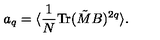
a _ { q } = \langle { \frac { 1 } { N } } \mathrm { T r } ( \tilde { M } B ) ^ { 2 q } \rangle .